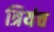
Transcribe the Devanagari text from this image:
त्रियंच